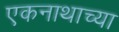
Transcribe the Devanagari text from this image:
एकनाथाच्या